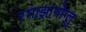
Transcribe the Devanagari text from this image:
रमाझानोग्लु